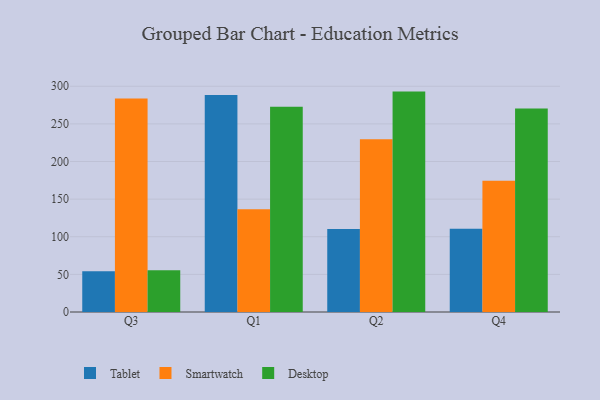
{"axis": {"x": "Quarter", "y": "Satisfaction Score"}, "legend": ["Desktop", "Smartwatch", "Tablet"], "data": [{"x": "Q3", "y": 54.0, "type": "Tablet"}, {"x": "Q3", "y": 283.7, "type": "Smartwatch"}, {"x": "Q3", "y": 55.5, "type": "Desktop"}, {"x": "Q1", "y": 288.4, "type": "Tablet"}, {"x": "Q1", "y": 136.6, "type": "Smartwatch"}, {"x": "Q1", "y": 272.7, "type": "Desktop"}, {"x": "Q2", "y": 110.3, "type": "Tablet"}, {"x": "Q2", "y": 229.6, "type": "Smartwatch"}, {"x": "Q2", "y": 292.9, "type": "Desktop"}, {"x": "Q4", "y": 110.5, "type": "Tablet"}, {"x": "Q4", "y": 174.3, "type": "Smartwatch"}, {"x": "Q4", "y": 270.6, "type": "Desktop"}]}